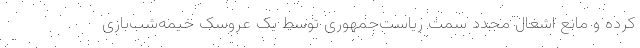
کرده و مانع اشغال مجدد سمت ریاست‌جمهوری توسط یک عروسک خیمه‌شب‌بازی